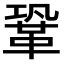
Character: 鞏